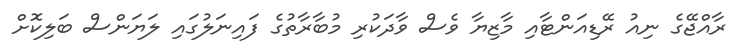
ރާއްޖޭގެ ނިއު ރޭޑިއަންޓާއި މާޒިޔާ ވެސް ވާދަކުރި މުބާރާތުގެ ފައިނަލުގައި ލަޔަންސް ބަލިކޮށް